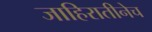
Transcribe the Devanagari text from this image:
जाहिरातीनेच